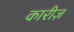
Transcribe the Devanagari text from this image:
कारीज़